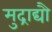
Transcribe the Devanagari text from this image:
मुद्राद्यौ